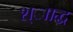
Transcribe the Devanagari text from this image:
श्ााद्ध